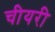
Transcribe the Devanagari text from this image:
चीयरी